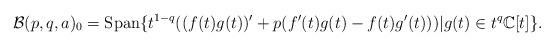
LaTeX: \begin{align*}\mathcal{B}(p,q,a)_{0}={\rm Span} \{ t^{1-q}((f(t)g(t))^{\prime}+p(f^{\prime}(t)g(t)-f(t)g^{\prime}(t)))|g(t)\in t^{q}\mathbb{C}[t]\}.\end{align*}